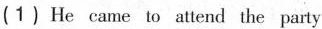
(1) He came to attend the party